Vital statistics of India. Vol. IV, Annual returns from 1871 to 1876. British Army of India, Native Army and jails of Bengal
Year: 1871
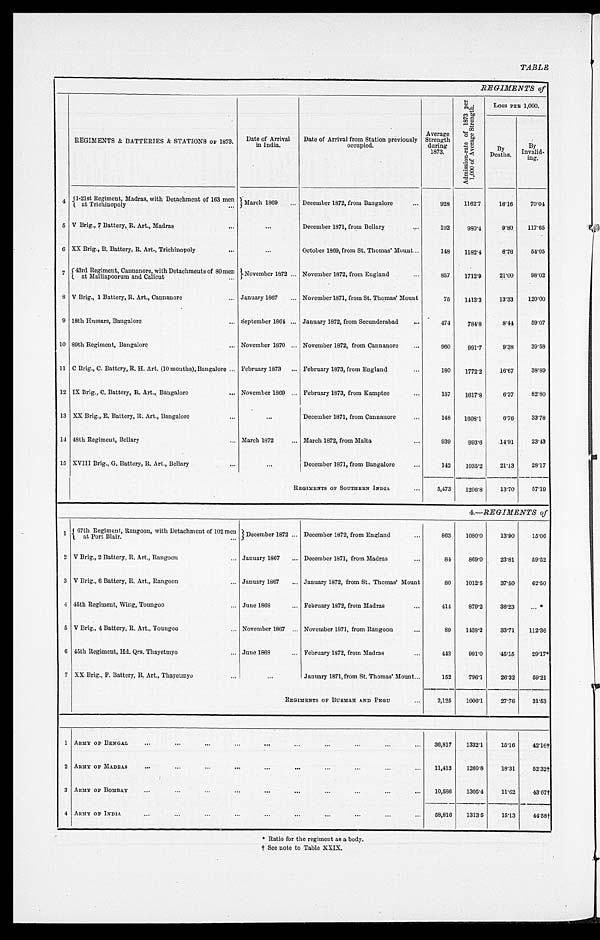
TABLE
REGIMENTS of
REGIMENTS & BATTERIES & STATIONS OF 1873.
Date of Arrival
in India.
Date of Arrival from Station previously
occupied.
Average
Strength
during
1873.
A d m i s s i o n - r a t e o f 1 8 7 3 p e r 1 , 0 0 0 o f A v e r a g e S t r e n g t h .
Loss PER 1,000.
B y
Deaths.
By
Invalid-
ing.
4
1-21st Regiment, Madras, with Detachment of 163 men
at Trichinopoly . . .
March 1869 . . . December 1872, from Bangalore . . .
928
1162.7
16.16
70.04
5 V Brig., 7 Battery, R. Art., Madras . . .
. . .
December 1871, from Bellary . . .
102
980.4
9.80
117.65
6 XX Brig., B. Battery, R. Art., Trichinopoly . . .
. . .
October 1869, from St. Thomas' Mount . . .
148
1182.4
6.76
54.05
7 43rd Regiment, Cannanore, with Detachments of 80 men at Malliapoorum and Calicut . . .
Novem
ber 1872 . . . November 1872, from England . . .
857
1712.9
21.00
98.02
8 V Brig., 1 Battery, R. Art., Cannanore . . . January 1867 . . . November 1871, from St. Thomas' Mount
75
1413.3
13.33
1 2 0 . 0 0
9 18th Hussars, Bangalore . . . September 1864 . . . January 1872, from Secunderabad . . .
474 784.8
8.44
59.07
10 89th Regiment, Bangalore . . . November 1870 . . . November 1872, from Cannanore . . .
960
991.7
9.38
39.58
11 C Brig., C. Battery, R. H. Art. (10 months), Bangalore . . . February 1873 . . . February 1873, from England . . .
180
1772.2
16.67
38.89
12 IX Brig., C. Battery, R. Art., Bangalore . . . November 1869 . . . February 1873, from Kamptee . . .
157
1617.8
6.37
82.80
13 XX Brig., E. Battery, R. Art., Bangalore . . .
. . .
December 1871, from Cannanore . . .
148
1608.1
6.76
33.78
11 48th Regiment, Bellary . . . March 1872 . . . March 1872, from Malta . . .
939
993.6
14.91
23.43
15 XVIII Brig., G. Battery, R. Art., Bellary . . .
. . .
December 1871, from Bangalore . . .
142
1035.2
21.13
28.17
REGIMENTS OF SOUTHERN AND INDIA . . .
5,473
1206.8
13.70
57.19
4.—REGIMENTS of
1
67th Regiment, Rangoon, with Detachment of 102 men
a t P o r t B l a i r .
December 1872 . . . December 1872, from England . . .
863
1080.0
13.90
15.06
2 V Brig., 2 Battery, R. Art., Rangoon . . . January 1867 . . . December 1871, from Madras . . .
84
869.0
23.81
59.52
3 V Brig., 6 Battery, R. Art., Rangoon . . . January 1867 . . . January 1872, from St. Thomas' Mount
80
1012.5
37.50
62.50
4 45th Regiment, Wing, Toungoo . . . June 1868 . . . February 1872, from Madras . . .
414
879.2
36.23
. . . *
5 V Brig., 4 Battery, R. Art., Toungoo . . . November 1867 . . . November 1871, from Rangoon . . .
89
1438.2
33.71
112.36
6 45th Regiment, Hd. Qrs. Thayetmyo . . . June 1868 . . . February 1872, from Madras . . .
443
991.0
45.15
29.17 *
7 XX Brig., P. Battery, R. Art., Thayetmyo . . .
. . . January 1871, from St. Thomas' Mount . . .
152
796.1
26.32
59.21
REGIMENTS OF BURMAH PEGU
2,125
1006.1
27.76
31.53
1 ARMY OF BENGAL . . .
36,817
1332.1
15.16
42.16†
2 ARMY OF MADRAS . . .
11,413
1260.8
18.31
52.32†
3 ARMY OF BOMBAY . . .
10,586
1305.4
11.62
43.67†
4 ARMY OF INDIA . . .
58,816
1313.5
15.13
44.58†
* R a t i o f o r t h e r e g i m e n t a s a b o d y .